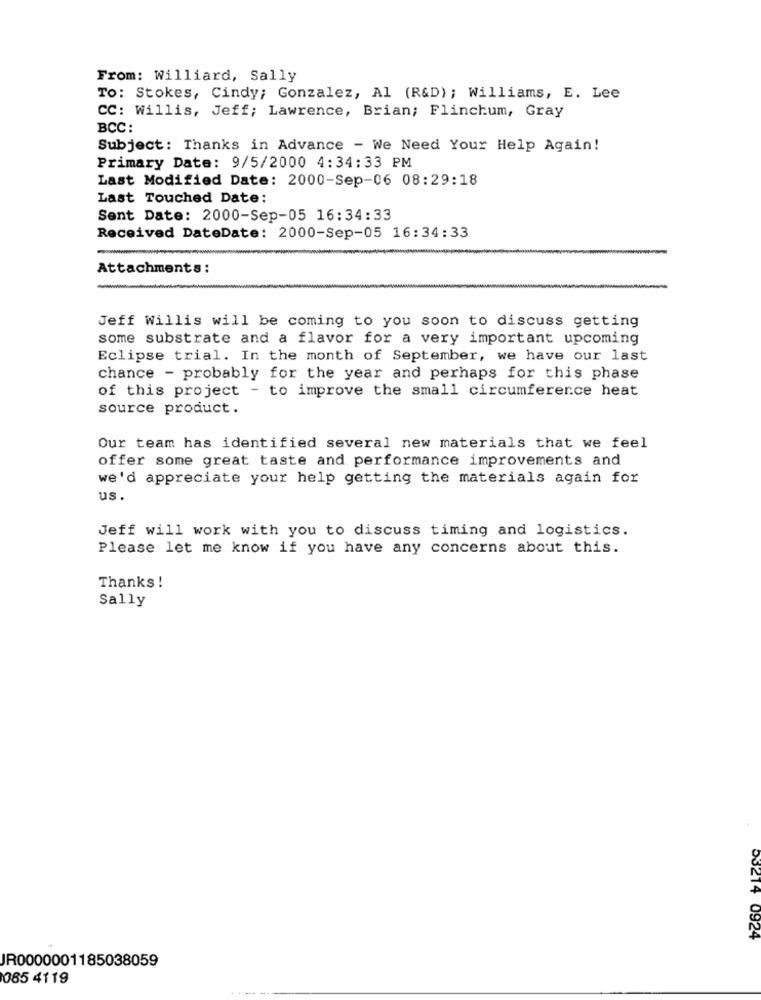
From: Williard, Sally
To: Stokes, Cindy; Gonzalez, Al (R&D) ; Williams, E. Lee
CC: Willis, Jeff; Lawrence, Brian; Flinchum, Gray
BCC:
Subject: Thanks in Advance - We Need Your Help Again!
Primary Date: 9/5/2000 4:34:33 PM
Last Modified Date: 2000-Sep-06 08:29:18
Last Touched Date:
Sent Date: 2000-Sep-05 16:34:33
Received DateDate: 2000-Sep-05 16:34:33
Attachments:
-
Jeff Willis will be coming to you soon to discuss getting
some substrate and a flavor for a very important upcoming
Eclipse trial. In the month of September, we have our last
chance - probably for the year and perhaps for this phase
of this project - to improve the small circumference heat
source product.
Our team has identified several new materials that we feel
offer some great taste and performance improvements and
we'd appreciate your help getting the materials again for
us.
Jeff will work with you to discuss timing and logistics.
Please let me know if you have any concerns about this.
Thanks !
Sally
53214 0924
JR0000001185038059
085 4119